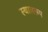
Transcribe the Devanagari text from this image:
स्थालरूप